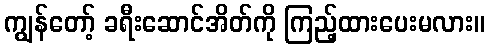
ကျွန်တော့် ခရီးဆောင်အိတ်ကို ကြည့်ထားပေးမလား။